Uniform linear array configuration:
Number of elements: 16
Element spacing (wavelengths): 0.75
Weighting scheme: binomial
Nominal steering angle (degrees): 0
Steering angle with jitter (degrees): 1.882
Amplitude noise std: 0.05
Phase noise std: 0.05

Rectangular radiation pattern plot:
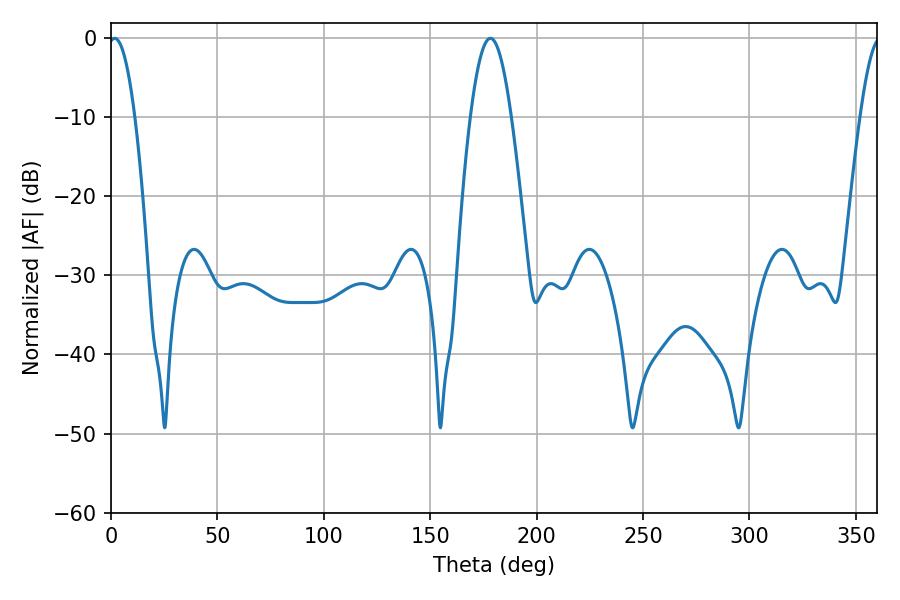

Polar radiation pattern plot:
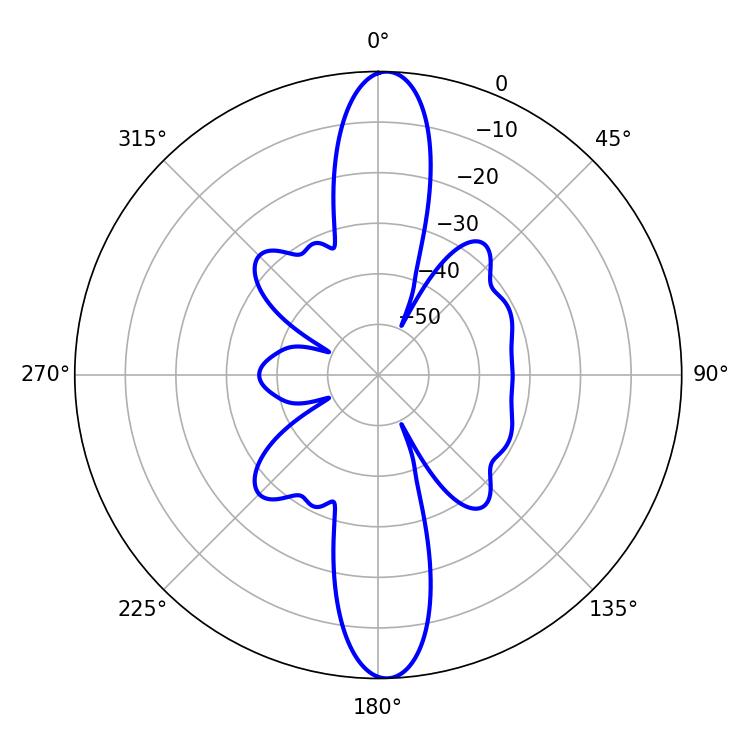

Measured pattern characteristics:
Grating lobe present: TRUE
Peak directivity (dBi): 22.489
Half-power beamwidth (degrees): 6.84
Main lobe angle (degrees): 1.8